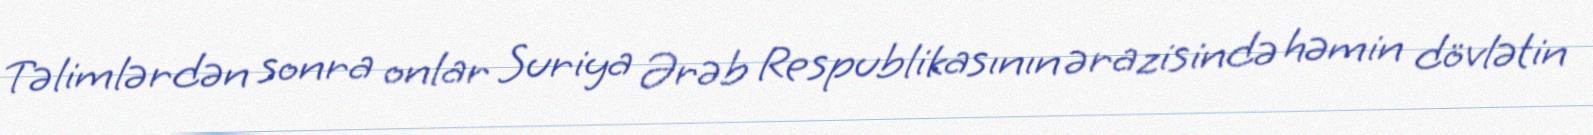
Təlimlərdən sonra onlar Suriya Ərəb Respublikasının ərazisində həmin dövlətin